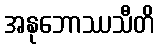
အနုဘောဿသီတိ